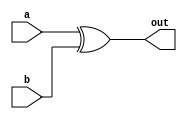

module xor_gate(input a, input b, output out);

    assign out = a ^ b;

endmodule